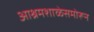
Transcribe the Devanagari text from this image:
आश्रमशाळेसमोरून